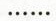
……